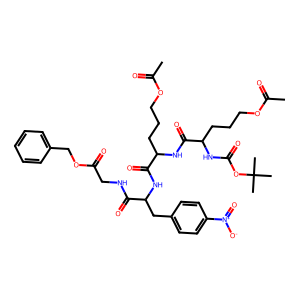
SMILES: CC(=O)OCCCC(NC(=O)OC(C)(C)C)C(=O)NC(CCCOC(C)=O)C(=O)NC(Cc1ccc([N+](=O)[O-])cc1)C(=O)NCC(=O)OCc1ccccc1
Inhibits HIV replication: No